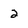
Character: 2